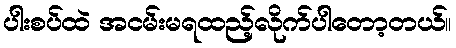
ပါးစပ်ထဲ အငမ်းမရထည့်လိုက်ပါတော့တယ်။